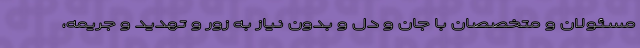
مسئولان و متخصصان با جان و دل و بدون نیاز به زور و تهدید و جریمه،